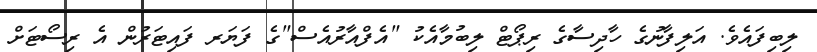
ލިބިފައެވެ. އަލިފާނުގެ ހާދިސާގެ ރިޕޯޓް ލިބުމާއެކު "އެފްއާރުއެސް"ގެ ފަޔަރ ފައިޓަރުން އެ ރިސޯޓަށް